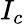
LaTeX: I_{c}